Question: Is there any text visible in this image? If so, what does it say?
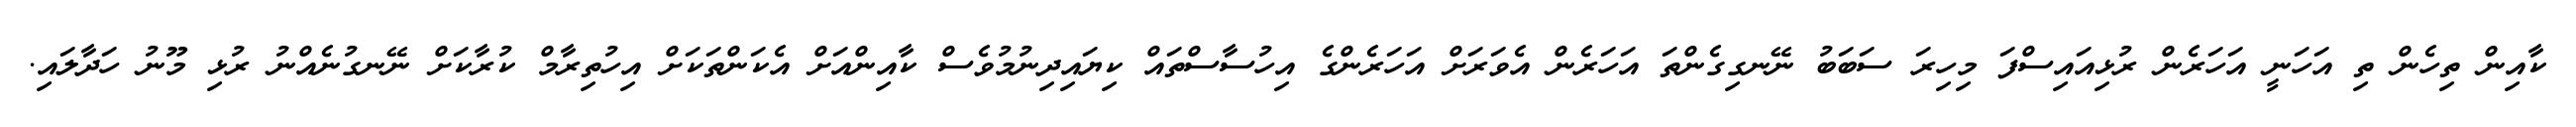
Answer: ކާއިން ތިހެން ތި އަހަނީ އަހަރެން ރުޅިއައިސްފަ މިހިރަ ސަބަބު ނޭނގިގެންތަ އަހަރެން އެވަރަށް އަހަރެންގެ އިހުސާސްތައް ކިޔައިދިނުމުވެސް ކާއިންއަށް އެކަންތަކަށް އިހުތިރާމް ކުރާކަށް ނޭނގުނެއްނު ރުޅި މޫނު ހަދާލައި.